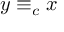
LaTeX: y \equiv _ { c } x